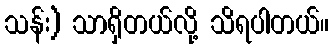
သန်း) သာရှိတယ်လို့ သိရပါတယ်။